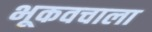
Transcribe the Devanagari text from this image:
भूकवचाला